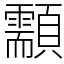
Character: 顬